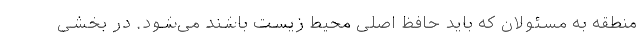
منطقه به مسئولان که باید حافظ اصلی محیط زیست باشند می‌شود. در بخشی